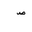
Letter: _sad